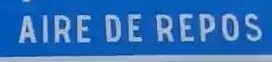
AIRE DE REPOS